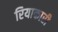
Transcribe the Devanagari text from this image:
रियाकारी